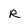
Character: R